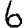
Digit: 6